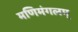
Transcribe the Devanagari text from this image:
मणिमंगलम्